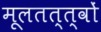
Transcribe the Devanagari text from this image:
मूलतत्त्वों